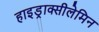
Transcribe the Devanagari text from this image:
हाइड्राक्सीलेमिन